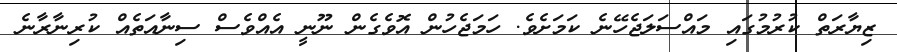
ޒިޔާރަތް ކުރުމުގައި މައްސަލަޖެހޭނެ ކަމަށެވެ. ހަމަޖެހުން އޮވެގެން ނޫނީ އެއްވެސް ސިނާއަތެއް ކުރިނާރާނެ